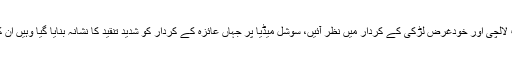
اس ڈرامے میں عائزہ خان ایک نہایت لالچی اور خودغرض لڑکی کے کردار میں نظر آئیں، سوشل میڈیا پر جہاں عائزہ کے کردار کو شدید تنقید کا نشانہ بنایا گیا وہیں ان کی اداکاری کو خوب سراہا جارہا ہے۔